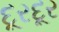
દૂરદૂર